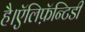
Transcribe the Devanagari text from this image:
है।ऍलिफ़ॅन्टिडी